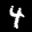
Label: 4